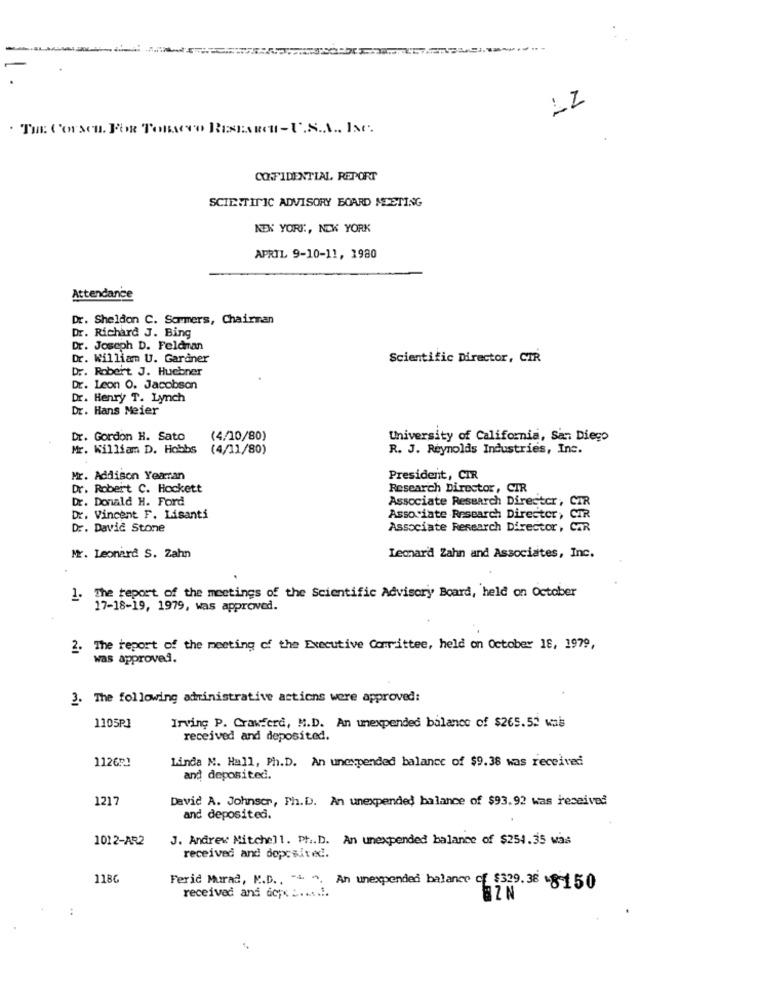
. THE C'OFsen. FOR TOBACCO RESEARCH - U.S.A. INC.
CONFIDENTIAL REPORT
SCIENTIFIC ADVISORY BOARD MEETING
NEK YORK :, NEW YORK
APRIL 9-10-11, 1980
Attendance
Dr. Sheldon C. Sommers, Chairman
Dr. Richard J. Bing
Dr. Joseph D. Feldman
Dr. William U. Gardner
Scientific Director, CTR
Dr. Robert J. Huebner
Dr. Leon O. Jacobsen
Dr. Henry T. Lynch
Dr. Hans Meier
Dr. Gordon H. Sato
(4/10/80)
University of California, San Diego
Mr. William D. Hobbs
(4/11/80)
R. J. Reynolds Industries, Inc.
Mr. Addison Yeaman
President, CIR
Dr. Robert C. Hockett
Research Director, CIR
Dr. Donald H. Ford
Associate Research Director, CI
Dr. Vincent F. Lisanti
Associate Research Director, CIR
Dr. David Stone
Associate Research Director,
. COR
Mr. Leonard S. Zahn
Leonard Zahn and Associates, Inc.
. The report of the meetings of the Scientific Advisory Board, held on October
17-18-19, 1979, was approved.
2. The report of the meeting of the Executive Committee, held on October 18, 1979,
was approved.
3. The following administrative actions were approved:
1105P.J
Irving P. Crawford, M.D. An unexpended balance of $265.52 wal
received and deposited.
1126₽1
Linda N. Hall, Ph.D. An unexpended balance of $9.38 was received
and deposited.
1217
David A. Johnser, Ph. D. An unexpended balance of $93.92 was received
and deposited.
1012-AR2
J. Andrew Mitchell. Pt .. D. An unexpended balance of $254.35 was
received and doposited ..
1186
Feric Murad, M.D ., "+ ".
An unexpended balance of $339.36 .8-150
received and dep .. ......
BZN
: